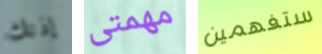
إذنك مهمتى ستفهمين